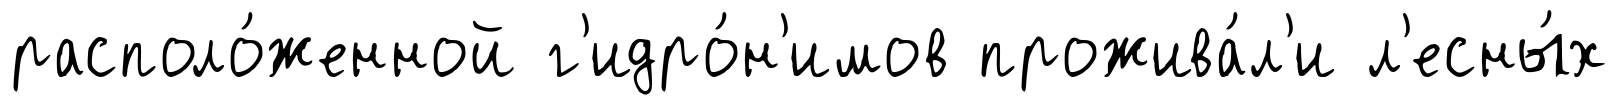
располо́женной г'идро́н'имов прожива́л'и л'есны́х